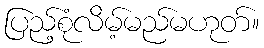
ပြည့်စုံလိမ့်မည်မဟုတ်။